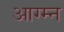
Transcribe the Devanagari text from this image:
आग्म्न